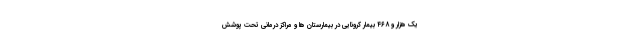
یک هزار و ۴۶۸ بیمار کرونایی در بیمارستان ها و مراکز درمانی تحت پوشش